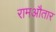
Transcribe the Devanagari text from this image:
रामऔतार